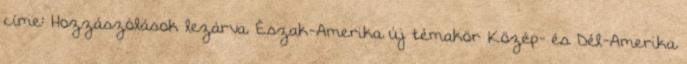
címe: Hozzászólások lezárva. Észak-Amerika új témakör Közép- és Dél-Amerika